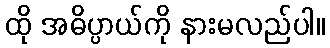
ထို အဓိပ္ပာယ်ကို နားမလည်ပါ။